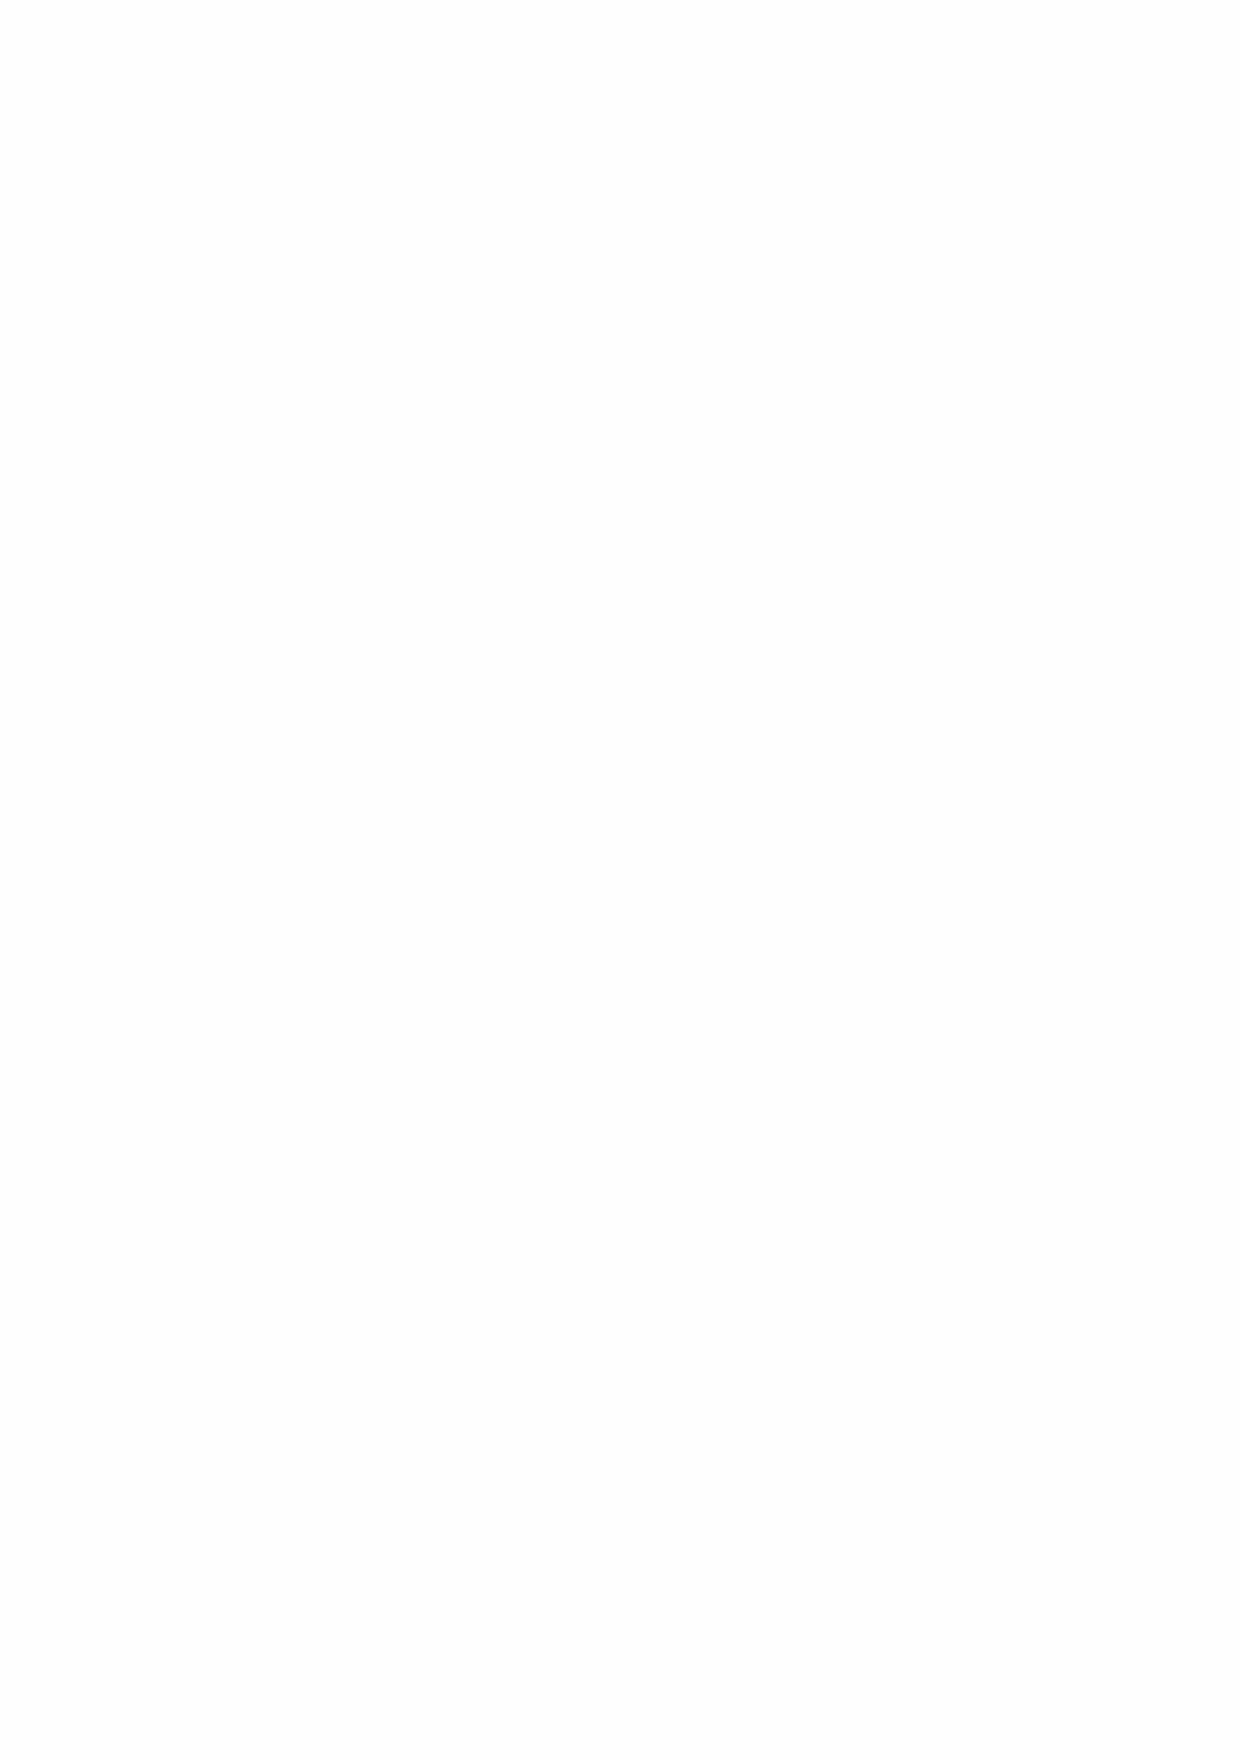
Contents
 Administrative Information                                   5
 Objectives and Activities                                    8
 Review of Operations, Achievements and Performance          11
 Review of Finances                                          18
 Governance Statement                                        22
 Structure and Management                                   22
 Risk Management                                            25
 Review of Internal Controls                                27
 Statement of Trustee’s and Director’s Responsibilities      29
 Statement as to Disclosure of Information to Auditors       29
 Audit Report of the Comptroller and Auditor General
 to the Houses of Parliament                                 30
 Greenwich Hospital Accounts                                 35
 Consolidated Statement of Financial Activities             35
 Charity Statement of Financial Activities                  36
 Consolidated and Charity Balance Sheet                     37
 Consolidated and Charity Cash Flow                         38
 Notes to the Accounts                                      39
 Travers Foundation Accounts                                 69
 3